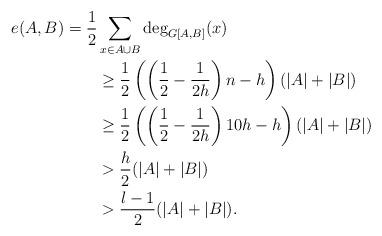
LaTeX: \begin{align*}e(A,B)=\frac{1}{2}& \sum_{x\in A\cup B} \deg_{G[A,B]}(x)\\&\geq \frac{1}{2}\left(\left(\frac{1}{2}-\frac{1}{2h}\right)n-h\right)(|A|+|B|)\\&\geq \frac{1}{2}\left(\left(\frac{1}{2}-\frac{1}{2h}\right)10h-h\right)(|A|+|B|)\\&> \frac{h}{2}(|A|+|B|)\\&> \frac{l-1}{2}(|A|+|B|).\end{align*}